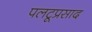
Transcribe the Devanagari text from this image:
पलटूप्रसाद